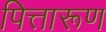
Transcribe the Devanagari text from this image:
पित्तारूण